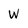
Character: W